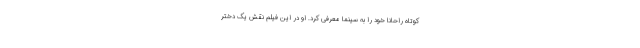
کوتاه راحانا خود را به سینما معرفی کرد. او در این فیلم نقش یک دختر